Vaccination North-Western Provinces 1866-1877 - 1866-1877
Year: 1866
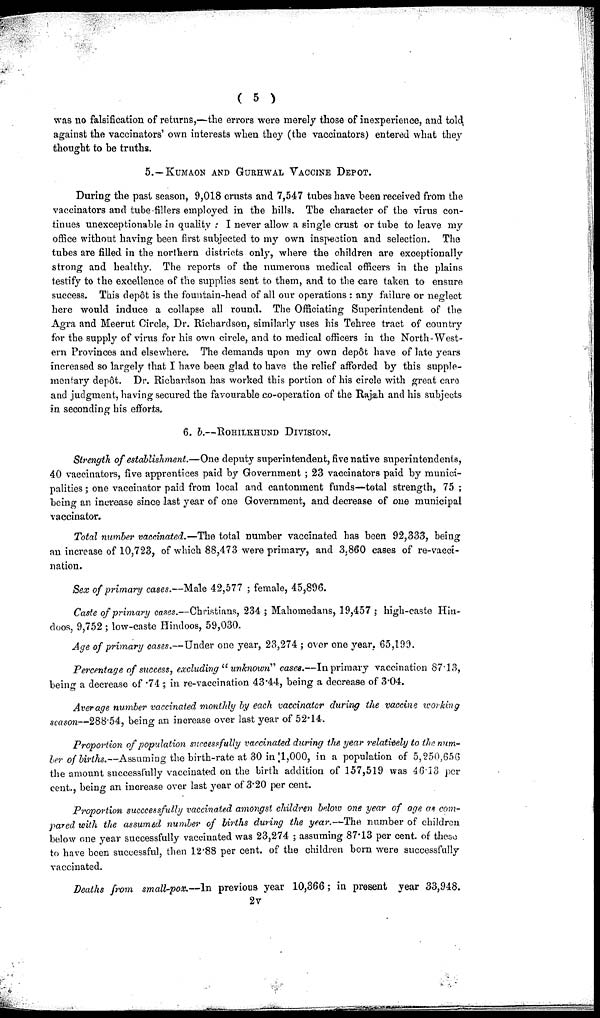
( 5 )
was no falsification of returns,—the errors were merely those of inexperience, and told
against the vaccinators' own interests when they (the vaccinators) entered what they
thought to be truths.
5. —KUMAON AND GURHWAL VACCINE DEPOT.
During the past season, 9,018 crusts and 7,547 tubes have been received from the
vaccinators and tube-fillers employed in the hills. The character of the virus con-
tinues unexceptionable in quality. I never allow a single crust or tube to leave my
office without having been first subjected to my own inspection and selection. The
tubes are filled in the northern districts only, where the children are exceptionally
strong and healthy. The reports of the numerous medical officers in the plains
testify to the excellence of the supplies sent to them, and to the care taken to ensure
success. This depôt is the fountain-head of all our operations : any failure or neglect
here would induce a collapse all round. The Officiating Superintendent of the
Agra and Meerut Circle, Dr. Richardson, similarly uses his Tehree tract of country
for the supply of virus for his own circle, and to medical officers in the North-West-
ern Provinces and elsewhere. The demands upon my own depôt have of late years
increased so largely that I have been glad to have the relief afforded by this supple-
mentary depôt. Dr. Richardson has worked this portion of his circle with great care
and judgment, having secured the favourable co-operation of the Rajah and his subjects
in seconding his efforts.
6. b.—ROHILKHUND DIVISION.
Strength of establishment.—One deputy superintendent, five native superintendents,
40 vaccinators, five apprentices paid by Government ; 23 vaccinators paid by munici-
palities ; one vaccinator paid from local and cantonment funds—total strength, 75 ;
being an increase since last year of one Government, and decrease of one municipal
vaccinator.
Total number vaccinated.—The total number vaccinated has been 92,333, being
an increase of 10,723, of which 88,473 were primary, and 3,860 cases of re-vacci-
nation.
Sex of primary cases.—Male 42,577 ; female, 45,896.
Caste of primary cases.—Christians, 234 ; Mahomedans, 19,457 ; high-caste
Hindoos,
Age of primary cases.—Under one year, 23,274 ; over one year. 65,199.
Percentage of success, excluding "unknown" cases.—In primary vaccination 87.13,
being a decrease of .74; in re-vaccination 43.44, being a decrease of 3.04.
Average number vaccinated monthly by each vaccinator during the vaccine working
season—288.54, being an increase over last year of 52.14.
Proportion of population successfully vaccinated during the year relatively to the num-
ber of births.—Assuming the birth-rate at 30 in 1,000, in a population of 5,250,656
the amount successfully vaccinated on the birth addition of 157,519 was 46.13 per
cent., being an increase over last year of 3.20 per cent.
Proportion succcessfully vaccinated amongst children below one year of age as com-
pared with the assumed number of births during the year.—The number of children
below one year successfully vaccinated was 23,274 ; assuming 87.13 per cent. of these
to have been successful, then 12.88 per cent. of the children born were successfully
vaccinated.
Deaths from small-pox.—In previous year 10,366; in present year 33,948.
2v